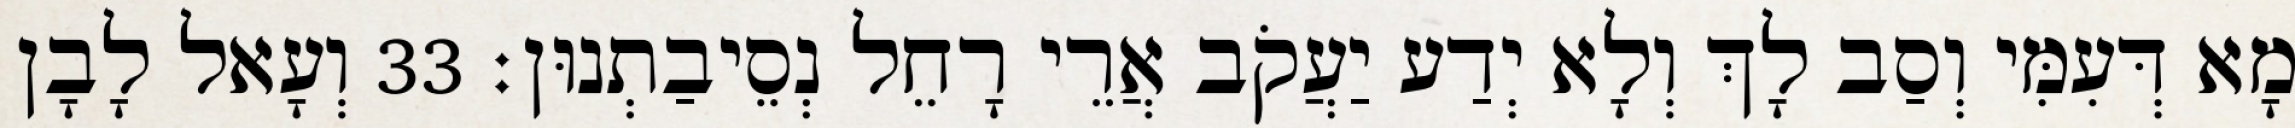
מָא דְּעִמִּי וְסַב לָךְ וְלָא יְדַע יַעֲקֹב אֲרֵי רָחֵל נְסֵיבַתְנוּן׃ 33 וְעָאל לָבָן